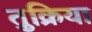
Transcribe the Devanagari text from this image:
तुक्रिया